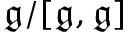
{ \mathfrak { g } } / [ { \mathfrak { g } } , { \mathfrak { g } } ]